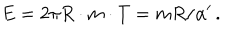
LaTeX: E = 2 \pi R \cdot m \cdot T = m R / \alpha ^ { \prime } \, .